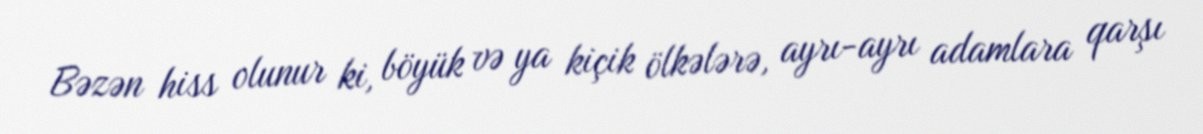
Bəzən hiss olunur ki, böyük və ya kiçik ölkələrə, ayrı-ayrı adamlara qarşı